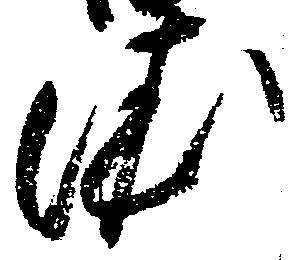
依